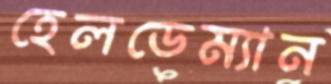
হেলডেম্যান